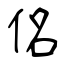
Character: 佲